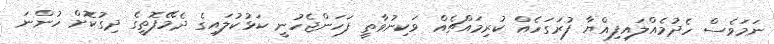
ނަމަވެސް ހެދުމެއްލައިފިއްޔާ ފުރަގަހެއް ކުރިމައްޗެއް ވަކިނުވާތީ ފަހަންޖެހުނީ ކަޅުކުލައިގެ ދެމޭފޮތީގެ ދިގުކޮށް ހުންނަ